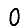
Digit: 0